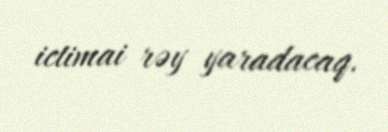
ictimai rəy yaradacaq.